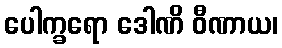
ပေါက္ခရော ဒေါဏိ ဝီဏာယ၊